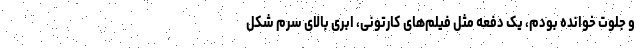
و جلوت خوانده بودم، یک دفعه مثل فیلم‌های کارتونی، ابری بالای سرم شکل